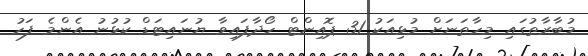
މުބާރާތުގައި މިހާތަނަށް މުޅިއަކު 31 ޕޮއިންޓް ހޯދާފައިވާ ޔުނައިޓަޑް ކުޅުނު އެންމެ ފަހު